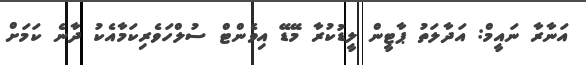
އަނާރާ ނައީމް: އަދާލަތު ޕާޓީން ލީޑުކުރާ މޭޑޭ އިވެންޓް ސުލްހަވެރިކަމާއެކު ދާނެ ކަމަށް